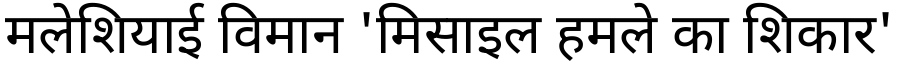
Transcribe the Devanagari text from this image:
मलेशियाई विमान 'मिसाइल हमले का शिकार'